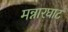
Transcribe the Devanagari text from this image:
मन्नारघाट